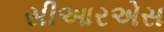
સીઆરએસ